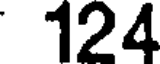
124